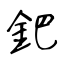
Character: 鈀